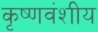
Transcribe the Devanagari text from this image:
कृष्णवंशीय